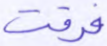
فرقت